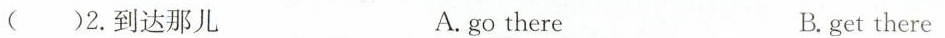
()2. 到达那儿 A. go there B. get there